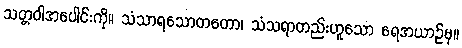
သတ္တဝါအပေါင်းကို။ သံသာရသောတတော၊ သံသရာတည်းဟူသော ရေအယာဉ်မှ။